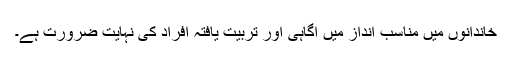
خاندانوں میں مناسب انداز میں آگاہی اور تربیت یافتہ افراد کی نہایت ضرورت ہے۔